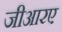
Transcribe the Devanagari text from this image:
जीआरए